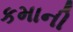
કમાની